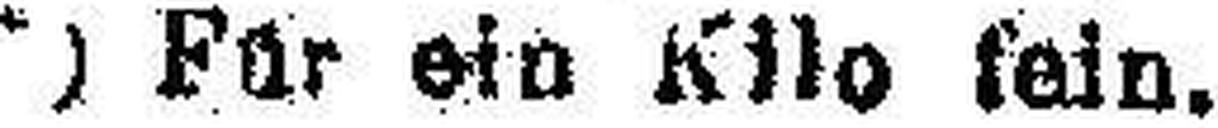
*) Für ein Kilo sein.